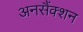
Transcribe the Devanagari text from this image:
अनसैंक्शन